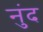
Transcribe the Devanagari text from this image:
नुंद